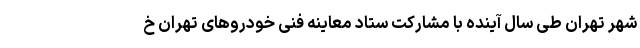
شهر تهران طی سال آینده با مشارکت ستاد معاینه فنی خودروهای تهران خ